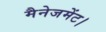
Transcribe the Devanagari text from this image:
मैनेजमेंट।